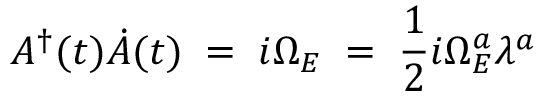
A ^ { \dagger } ( t ) \dot { A } ( t ) \; = \; i \Omega _ { E } \; = \; \frac { 1 } { 2 } i \Omega _ { E } ^ { a } \lambda ^ { a }